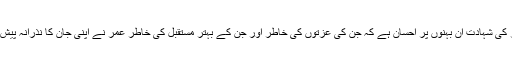
عمر کی شہادت اُن بہنوں پر اِحسان ہے کہ جن کی عزتوں کی خاطر اور جن کے بہتر مستقبل کی خاطر عمر نے اپنی جان کا نذرانہ پیش کیا۔